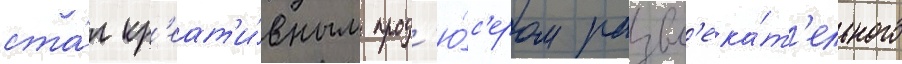
ста́л кр'еат'и́вным прод'ю́с'ером развл'ека́т'ельного